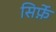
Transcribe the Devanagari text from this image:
सिर्फ़े